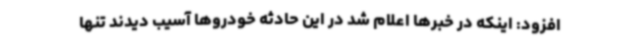
افزود: اینکه در خبرها اعلام شد در این حادثه خودروها آسیب دیدند تنها